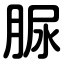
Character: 脲